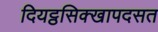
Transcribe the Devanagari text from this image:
दियट्ठसिक्खापदसत